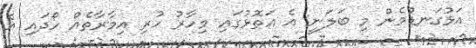
އަޅުގަނޑުމެން މި ބަލަނީ އެ އަތޮޅުގައި މިހާރު ހުރި އިމާރާތެއް ހޯދައި އެ